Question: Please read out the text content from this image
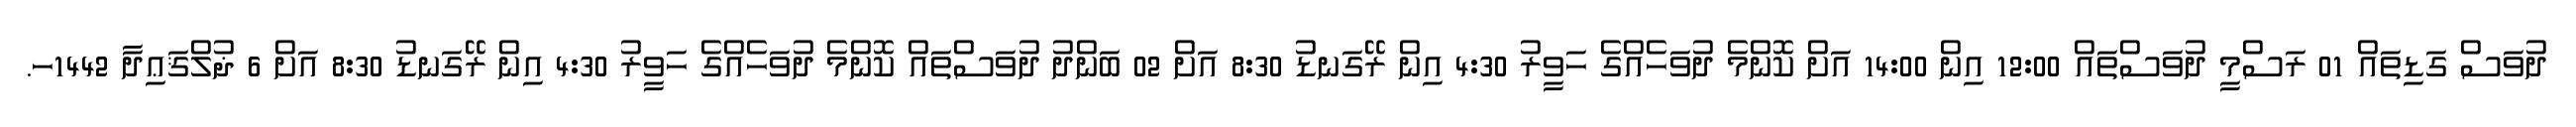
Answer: ދުވަސް ގަޑިތައް 01 ރަސްމީ ދުވަސްތައް 12:00 އިން 14:00 އަށް ކޮންމެ ދުވަހެއްގެ ހަވީރު 4:30 އިން ރޭގަނޑު 8:30 އަށް 02 ބަންދު ދުވަސްތައް ކޮންމެ ދުވަހެއްގެ ހަވީރު 4:30 އިން ރޭގަނޑު 8:30 އަށް 6 ޛުލްޤަޢިދާ 1442ހ.